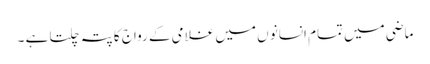
ماضی میں تمام انسانو ں میں غلامی کے رواج کا پتہ چلتا ہے ۔